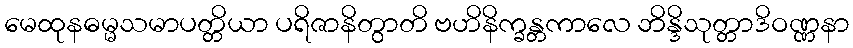
မေထုနဓမ္မသမာပတ္တိယာ ပရိဇာနိတွာတိ ဗဟိနိက္ခန္တကာလေ ဘိန္ဒိသုတ္တာဒိဝဏ္ဏနာ